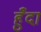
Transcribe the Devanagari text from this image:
हुँदा